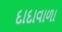
દાદાવાળા